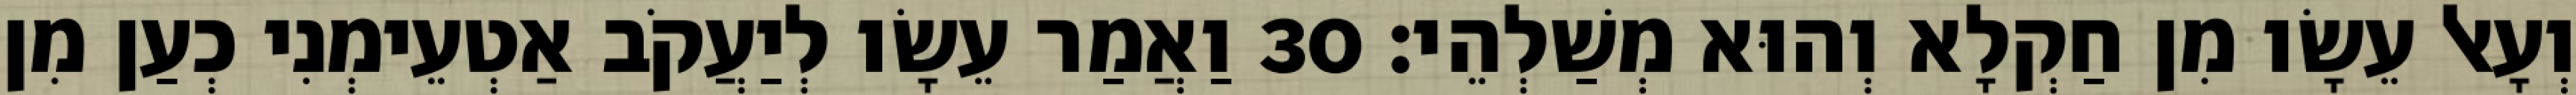
וְעָאל עֵשָׂו מִן חַקְלָא וְהוּא מְשַׁלְהֵי׃ 30 וַאֲמַר עֵשָׂו לְיַעֲקֹב אַטְעֵימְנִי כְעַן מִן